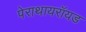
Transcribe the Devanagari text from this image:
पेराथायरॉयड